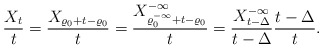
\begin{align*}\frac{X_t}{t} = \frac{X_{\varrho_0+t-\varrho_0}}{t} = \frac{X_{\varrho_0^{-\infty}+t-\varrho_0}^{-\infty}}{t}= \frac{X_{t-\Delta}^{-\infty}}{t-\Delta} \frac{t-\Delta}{t}.\end{align*}